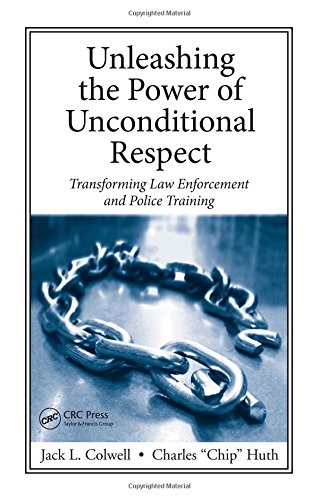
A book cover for Unleashing the Power of Unconditional Respect: Transforming Law Enforcement and Police Training; Jack L. Colwell; Law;